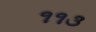
૧૧૩